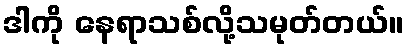
ဒါကို နေရာသစ်လို့သမုတ်တယ်။